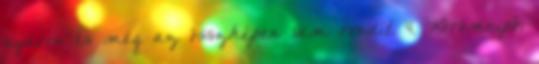
nyáron és még az összképen sem rondít. 4. Körömcipő,